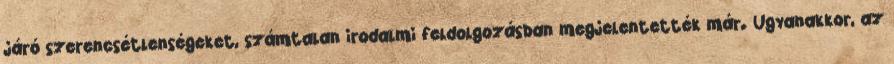
járó szerencsétlenségeket, számtalan irodalmi feldolgozásban megjelentették már. Ugyanakkor, az